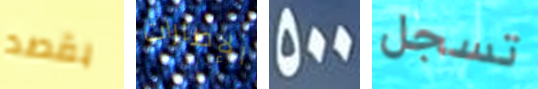
بقصد الإطارات 500 تسجل